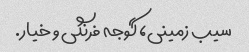
سیب زمینی، گوجه فرنگی و خیار.